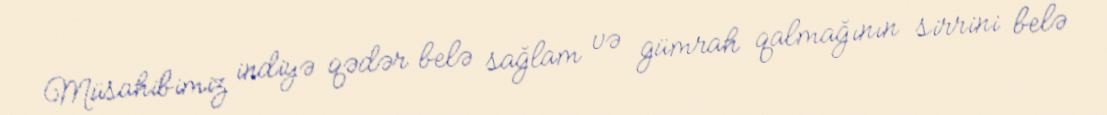
Müsahibimiz indiyə qədər belə sağlam və gümrah qalmağının sirrini belə